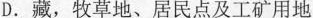
D.藏，牧草地、居民点及工矿用地